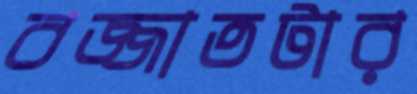
বজ্জাতটার